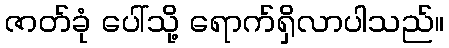
ဇာတ်ခုံ ပေါ်သို့ ရောက်ရှိလာပါသည်။